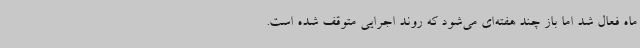
ماه فعال شد اما باز چند هفته‌ای می‌شود که روند اجرایی متوقف شده است.